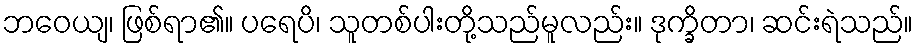
ဘဝေယျ၊ ဖြစ်ရာ၏။ ပရေပိ၊ သူတစ်ပါးတို့သည်မူလည်း။ ဒုက္ခိတာ၊ ဆင်းရဲသည်။